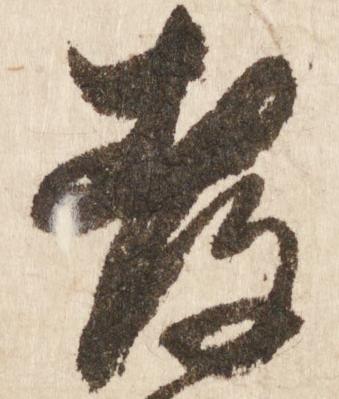
孝